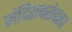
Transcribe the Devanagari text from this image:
मंदिराबरोबरच